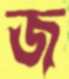
জ